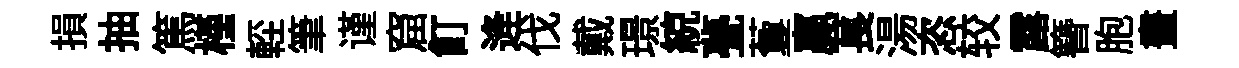
損抽篤槿䡖筆谨窟飣逄伐戴璟綂甍藑贏萇湯恣较露簪胞畫